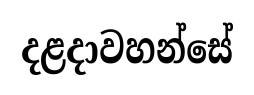
දළදාවහන්සේ